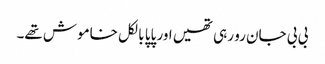
بی بی جان رو رہی تھیں اور پاپا بالکل خاموش تھے۔